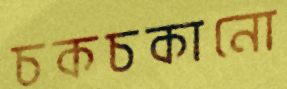
চকচকানো